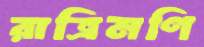
রাত্রিমণি